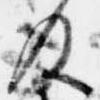
及